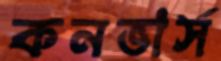
কনভার্স